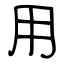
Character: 用